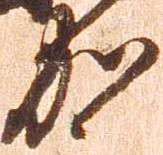
加